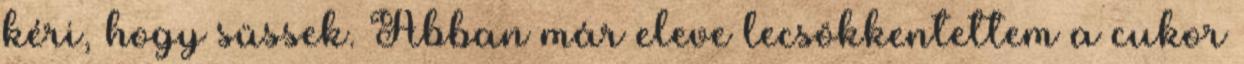
kéri, hogy süssek. Abban már eleve lecsökkentettem a cukor